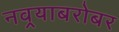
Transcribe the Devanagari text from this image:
नवर्‍याबरोबर